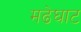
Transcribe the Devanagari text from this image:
मढेघाट